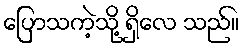
ပြောသကဲ့သို့ ရှိလေ သည်။